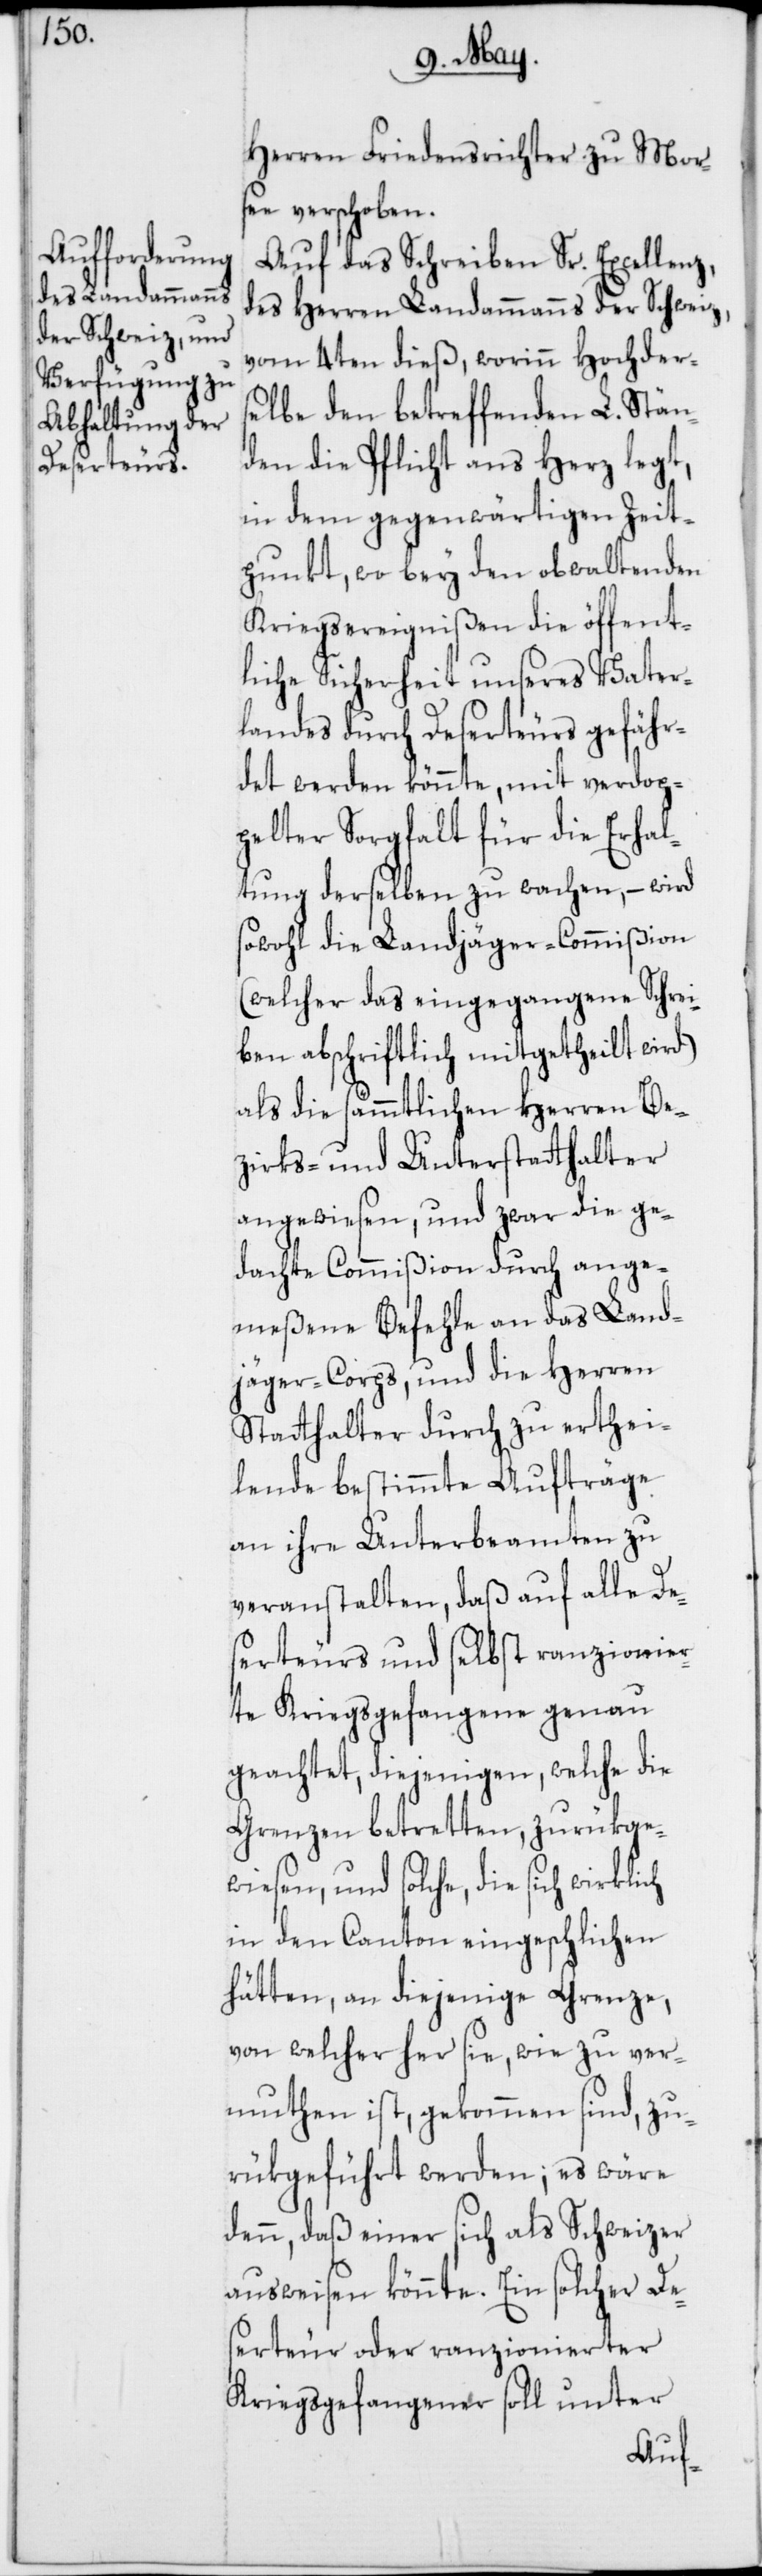
Herren Friedensrichter zu Mor¬
see verschoben.
Auf das Schreiben Sr. Excellenz,
des Herren Landammanns der Schweiz,
vom 4ten dieß, worinn Hochder¬
selbe den betreffenden L. Stän¬
den die Pflicht ans Herz legt,
in dem gegenwärtigen Zeit¬
punkt, wo bey den obwaltenden
Kriegsereignißen die öffent¬
liche Sicherheit unseres Vater¬
landes durch Deserteurs gefähr¬
det werden könnte, mit verdop¬
pelter Sorgfalt für die Erhal¬
tung derselben zu wachen, – wird
sowohl die Landjäger-Commißion
(welcher das eingegangene Schrei¬
ben abschriftlich mitgetheilt wird)
als die sämmtlichen Herren Be¬
zirks- und Unterstatthalter
angewiesen, und zwar die ge¬
dachte Commißion durch ange¬
meßene Befehle an das Land¬
jäger-Corps, und die Herren
Stathalter durch zu erthei¬
lende bestimmte Aufträge
an ihre Unterbeamte zu
veranstalten, daß auf alle De¬
serteurs und selbst ranzionier¬
te Kriegsgefangene genau
geachtet, diejenigen, welche die
Grenzen betretten, zurükge¬
wiesen, und solche, die sich
in den Canton eingeschlichen
hätten, an diejenige Grenze,
von welcher her sie, wie zu ver¬
muthen ist, gekommen sind, zu¬
rükgeführt werden; es wäre
denn, daß einer sich als Schweizer
ausweisen könnte. Ein solcher Des¬
erteur oder ranzionierter
Kriegsgefangener soll unter